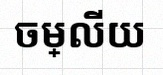
ចម្លើយ